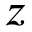
z